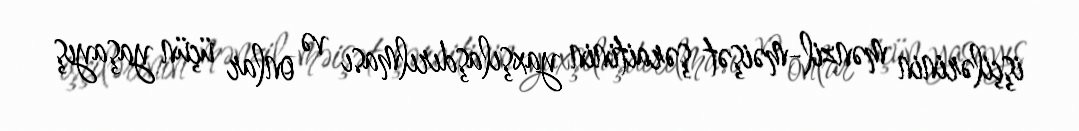
işçilərinin mənzil-məişət şəraitinin yaxşılaşdırılması və onlar üçün yaşayış